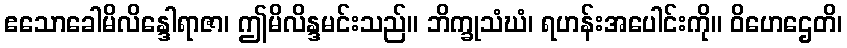
ဧသောခေါမိလိန္ဒေါရာဇာ၊ ဤမိလိန္ဒမင်းသည်။ ဘိက္ခုသံဃံ၊ ရဟန်းအပေါင်းကို။ ဝိဟေဌေတိ၊